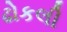
ઢોકલી